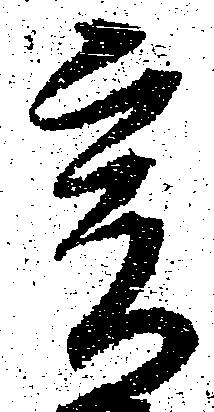
爰